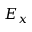
E _ { x }